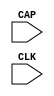
// This program was cloned from: https://github.com/jhshi/openofdm
// License: Apache License 2.0

// $Header: /devl/xcs/repo/env/Databases/CAEInterfaces/verunilibs/data/virtex4/CAPTURE_VIRTEX4.v,v 1.4 2007/06/06 22:14:07 fphillip Exp $
///////////////////////////////////////////////////////////////////////////////
// Copyright (c) 1995/2004 Xilinx, Inc.
// All Right Reserved.
///////////////////////////////////////////////////////////////////////////////
//   ____  ____
//  /   /\/   /
// /___/  \  /    Vendor : Xilinx
// \   \   \/     Version : 10.1
//  \   \         Description : Xilinx Functional Simulation Library Component
//  /   /                  Register State Capture for Bitstream Readback for VIRTEX4
// /___/   /\     Filename : CAPTURE_VIRTEX4.v
// \   \  /  \    Timestamp : Thu Mar 25 16:43:43 PST 2004
//  \___\/\___\
//
// Revision:
//    03/23/04 - Initial version.
//    06/06/07 - Fixed timescale values
// End Revision


`timescale  1 ps / 1 ps


module CAPTURE_VIRTEX4 (CAP, CLK);

    input  CAP, CLK;

    parameter ONESHOT = "TRUE";
    
endmodule